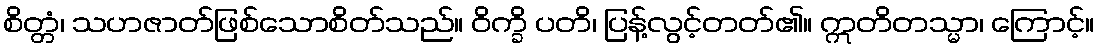
စိတ္တံ၊ သဟဇာတ်ဖြစ်သောစိတ်သည်။ ဝိက္ခိ ပတိ၊ ပြန့်လွင့်တတ်၏။ ဣတိတသ္မာ၊ ကြောင့်။